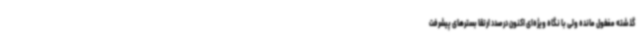
گذشته مغفول مانده ولی با نگاه ویژه‌ای اکنون درصدد ارتقا بسترهای پیشرفت